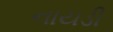
નાયડી